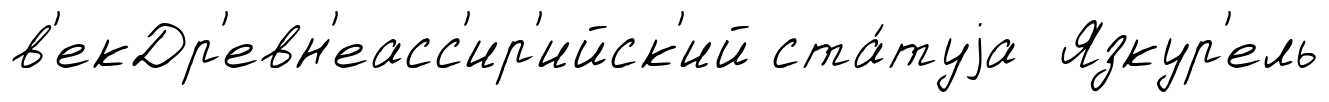
в'екДр'евн'еасс'ир'ийск'ий ста́туjа Язкур'ель